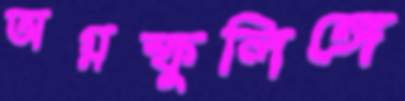
অগ্নস্ফুলিঙ্গে